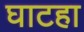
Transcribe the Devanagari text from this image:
घाटहा